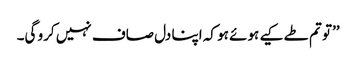
’’تو تم طے کیے ہوئے ہو کہ اپنا دل صاف نہیں کرو گی۔